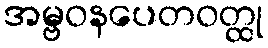
အမ္ဗဝနပေတဝတ္ထု